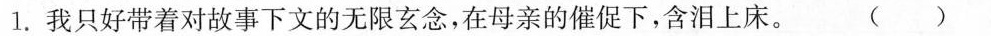
1.我只好带着对故事下文的无限玄念，在母亲的催促下，含泪上床。 ( )